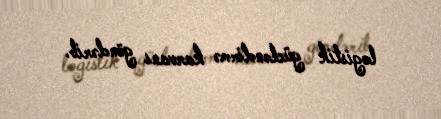
logistik gücləndirmə karvanı göndərib.